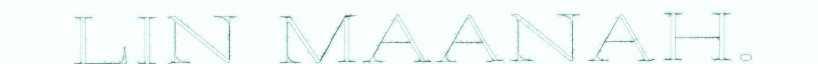
LIN MAANAH.